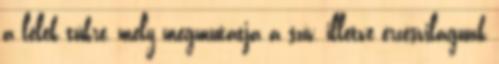
a lélek tükre, mely megmutatja a szív, illetve érzésvilágunk